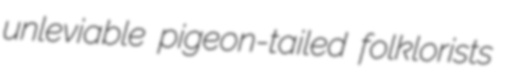
unleviable pigeon-tailed folklorists